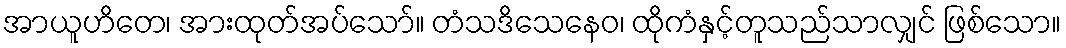
အာယူဟိတေ၊ အားထုတ်အပ်သော်။ တံသဒိသေနေဝ၊ ထိုကံနှင့်တူသည်သာလျှင် ဖြစ်သော။